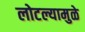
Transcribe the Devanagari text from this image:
लोटल्यामुळे